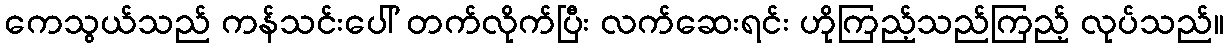
ကေသွယ်သည် ကန်သင်းပေါ် တက်လိုက်ပြီး လက်ဆေးရင်း ဟိုကြည့်သည်ကြည့် လုပ်သည်။